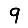
Digit: 9